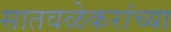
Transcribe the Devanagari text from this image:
सातवळेकरांच्या